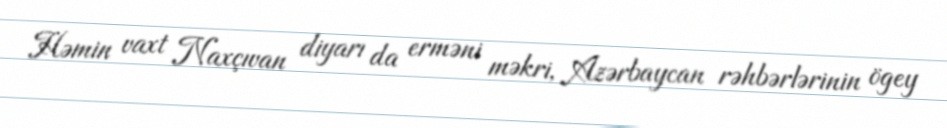
Həmin vaxt Naxçıvan diyarı da erməni məkri, Azərbaycan rəhbərlərinin ögey